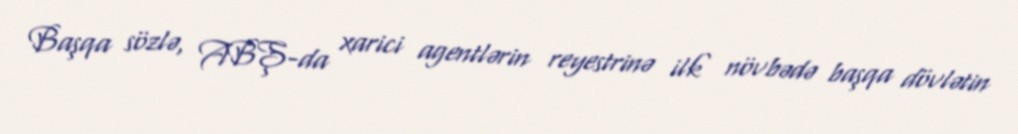
Başqa sözlə, ABŞ-da xarici agentlərin reyestrinə ilk növbədə başqa dövlətin